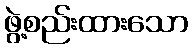
ဖွဲ့စည်းထားသော